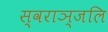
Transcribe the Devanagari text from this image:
स्वराञ्जलि